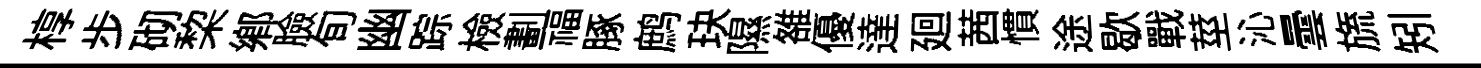
椁步砌棃郷臉旬幽踪檢劃福䐁鹧玦隰雒優達廻茜慣途歇戰莖沁曇旒矧